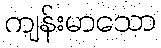
ကျန်းမာသော